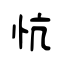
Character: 忼